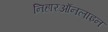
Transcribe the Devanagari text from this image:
निहारऑनलाइन